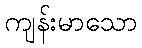
ကျန်းမာသော